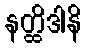
နတ္ထိဒါနိ